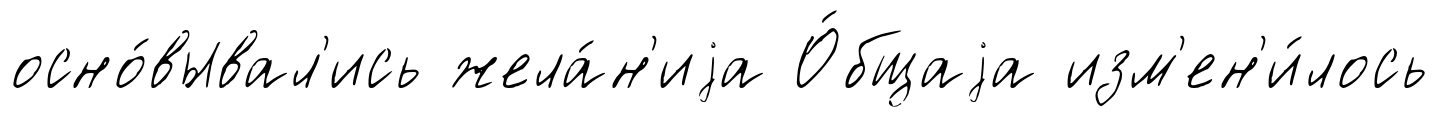
осно́вывал'ись жела́н'иjа О́бщаjа изм'ен'и́лось